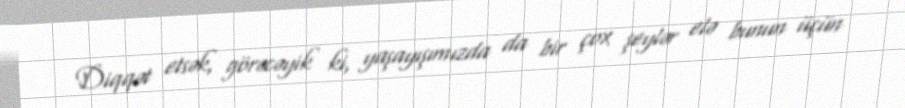
Diqqət etsək, görəcəyik ki, yaşayışımızda da bir çox şeylər elə bunun üçün